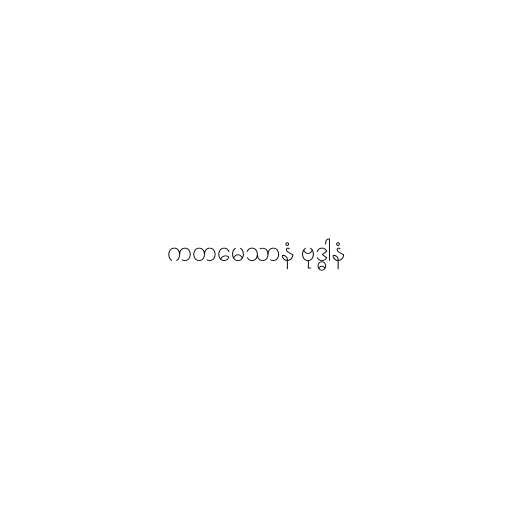
ကတမေသာနံ ဗုဒ္ဓါနံ